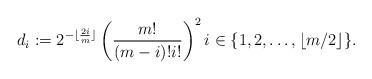
LaTeX: \begin{align*}d_i:=2^{-\lfloor \frac{2i}{m}\rfloor}\left(\frac{m!}{(m-i)!i!}\right)^2 i\in \{1,2,\dots,\lfloor m/2 \rfloor\}.\end{align*}